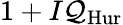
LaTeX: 1+I{\mathcal{Q}}_{\mathrm{Hur}}